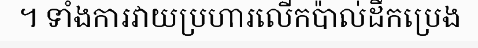
។ ទាំងការវាយប្រហារលើកប៉ាល់ដឹកប្រេង